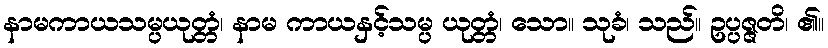
နာမကာယသမ္ပယုတ္တံ၊ နာမ ကာယနှင့်သမ္ပ ယုတ္တံ၊ သော။ သုခံ၊ သည်။ ဥပ္ပဇ္ဇတိ၊ ၏။